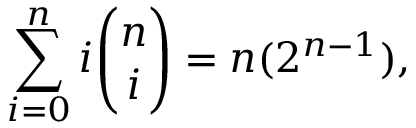
\sum _ { i = 0 } ^ { n } i { \binom { n } { i } } = n ( 2 ^ { n - 1 } ) ,